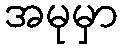
အမုမှာ